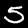
Label: 5